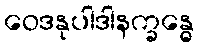
ဝေဒနုပါဒါနက္ခန္ဓေ